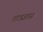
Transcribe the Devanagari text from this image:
शात्रज्ञास